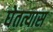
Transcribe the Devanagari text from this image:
घेतत्यास